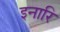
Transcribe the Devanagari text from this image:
इनारि